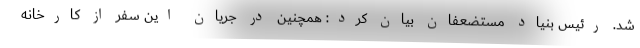
شد. رئیس بنیاد مستضعفان بیان کرد: همچنین در جریان این سفر از کارخانه